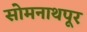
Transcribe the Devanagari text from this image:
सोमनाथपूर